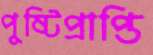
পুষ্টিপ্রাপ্তি